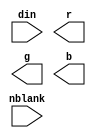
`timescale 1ns / 1ps
//////////////////////////////////////////////////////////////////////////////////
// Company: 
// Engineer: 
// 
// Design Name: 
// Module Name: rgb
// Project Name: 
// Target Devices: 
// Tool Versions: 
// Description: 
// 
// Dependencies: 
// 
// Revision:
// Revision 0.01 - File Created
// Additional Comments:
// 
//////////////////////////////////////////////////////////////////////////////////


module rgb(
    input din,
    input nblank,
    output r,
    output g,
    output b
);
endmodule